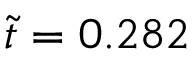
\tilde { t } = 0 . 2 8 2